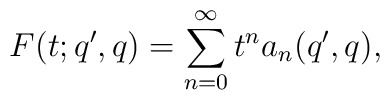
F(t;q',q) = \sum_{n=0}^{\infty} t^n a_n(q',q),